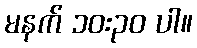
မနက် ၁၀း၃၀ ပါ။